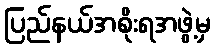
ပြည်နယ်အစိုးရအဖွဲ့မှ